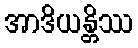
အာဒိယန္တိဿ